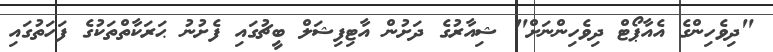
"ދިވެހިންގެ އެއާޕޯޓް ދިވެހިންނަށް" ޝިއާރުގެ ދަށުން އާޓިފިޝަލް ބީޗުގައި ފެށުނު ޙަރަކާތްތަކުގެ ފަހަތުގައި